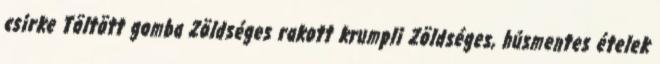
csirke Töltött gomba Zöldséges rakott krumpli Zöldséges, húsmentes ételek